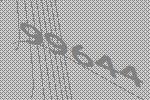
99644